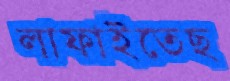
লাফাইতেছ